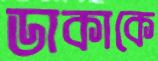
ডাকাকে